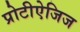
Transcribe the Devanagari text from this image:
प्रोटीऐजिज